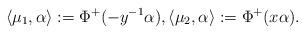
LaTeX: \begin{align*}\langle \mu_1,\alpha\rangle := \Phi^+(-y^{-1}\alpha),\langle\mu_2,\alpha\rangle := \Phi^+(x\alpha).\end{align*}